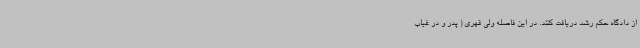
از دادگاه حکم رشد دریافت کنند. در این فاصله ولی قهری ( پدر و در غیاب